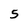
Character: 5